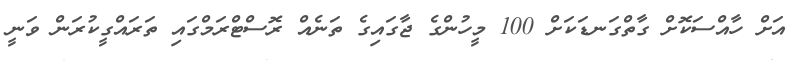
އަށް ހާއްސަކޮށް ގާތްގަނޑަކަށް 100 މީހުންގެ ޖާގައިގެ ތަނެއް ރޮސްޓްރަމްގައި ތަރައްގީކުރަން ވަނީ